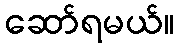
ဆော်ရမယ်။